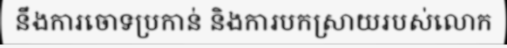
នឹងការចោទប្រកាន់ និងការបកស្រាយរបស់លោក